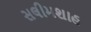
સલીમશાહ